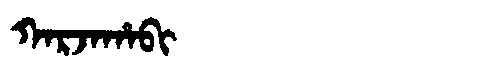
Manchu: ᡴᠠᡵᠵᠠᡥᠠᠪᡳ
Romanization: KARJAHABI